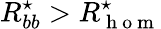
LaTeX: R_{bb}^{\star}>R_{\mathrm{~h~o~m~}}^{\star}